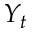
Y _ { t }